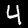
Digit: 4